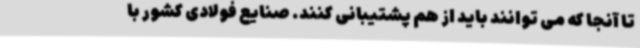
تا آنجا که می توانند باید از هم پشتیبانی کنند. صنایع فولادی کشور با